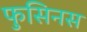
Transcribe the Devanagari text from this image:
फुसिनस